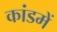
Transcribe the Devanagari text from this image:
कांडमें